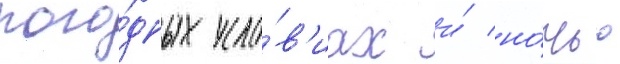
пого́дных усло́в'иах и́ но́чью